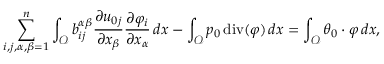
\begin{array} { r } { \displaystyle \sum _ { i , j , \alpha , \beta = 1 } ^ { n } \int _ { { \mathcal { O } } } b _ { i j } ^ { \alpha \beta } \frac { \partial { u _ { 0 j } } } { \partial x _ { \beta } } \frac { \partial { \varphi } _ { i } } { \partial x _ { \alpha } } \, d x - \displaystyle \int _ { { \mathcal { O } } } p _ { 0 } \operatorname { d i v } ( \boldsymbol \varphi ) \, d x = \int _ { { \mathcal { O } } } \boldsymbol { \boldsymbol { \theta } _ { 0 } } \cdot \boldsymbol \varphi \, d x , } \end{array}